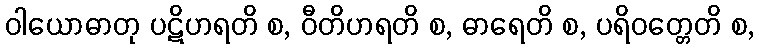
ဝါယောဓာတု ပဋိဟရတိ စ, ဝီတိဟရတိ စ, ဓာရေတိ စ, ပရိဝတ္တေတိ စ,